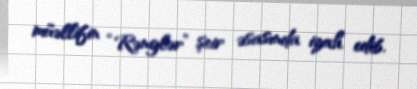
müəllifin “Rənglər” şeir əsasında izah edib.